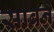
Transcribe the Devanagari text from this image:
साबने